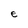
Character: e